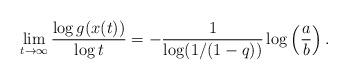
LaTeX: \begin{align*} \lim_{t\to\infty} \frac{\log g(x(t))}{\log t} = -\frac{1}{\log(1/(1-q))}\log\left(\frac{a}{b}\right).\end{align*}